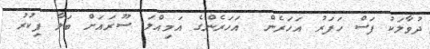
ދުވާލަކު ފަސް ހަފަރު އަހަރެން  އަހަރެންގެ އަމިއްލަ ސޫރައަށް ބަލާ ފިކުރު